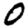
Digit: 0